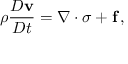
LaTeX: \rho { \frac { D \mathbf { v } } { D t } } = { \boldsymbol { \nabla } } \cdot { \boldsymbol { \sigma } } + \mathbf { f } \, ,